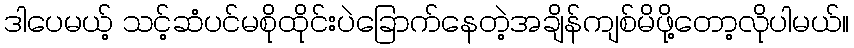
ဒါပေမယ့် သင့်ဆံပင်မစိုထိုင်းပဲခြောက်နေတဲ့အချိန်ကျစ်မိဖို့တော့လိုပါမယ်။